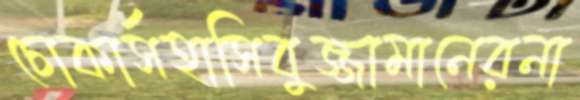
চোকার্সহাসিবুজ্জামানেরনা